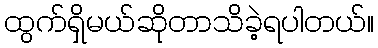
ထွက်ရှိမယ်ဆိုတာသိခဲ့ရပါတယ်။